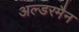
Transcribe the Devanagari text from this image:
अल्डरमैन